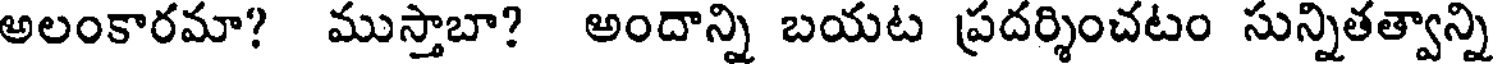
అలంకారమా? ముస్తాబా? అందాన్ని బయట ప్రదర్శించటం సున్నితత్వాన్ని